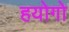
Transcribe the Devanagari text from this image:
हयोगो